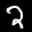
Label: 2